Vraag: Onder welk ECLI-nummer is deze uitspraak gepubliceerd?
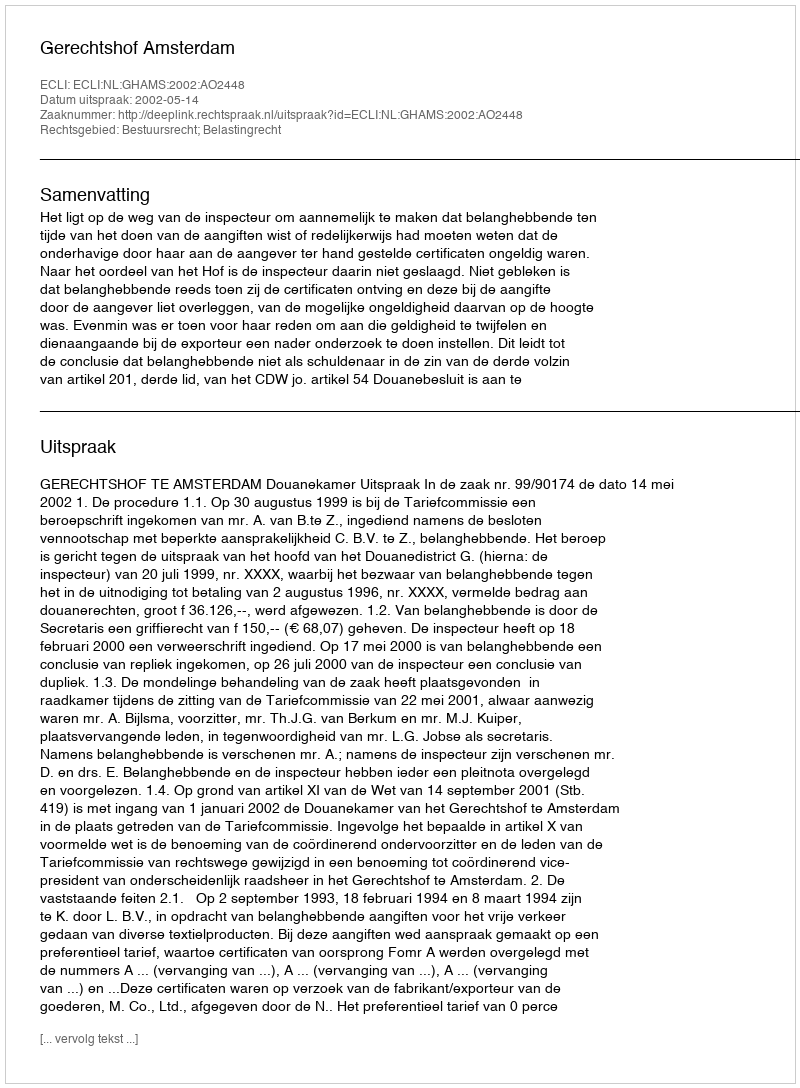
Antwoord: ECLI:NL:GHAMS:2002:AO2448